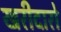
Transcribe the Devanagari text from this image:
खरीदारो